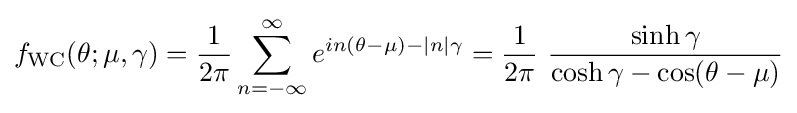
f_{\text{WC}}(\theta ;\mu ,\gamma )={\frac {1}{2\pi }}\sum _{n=-\infty }^{\infty }e^{in(\theta -\mu )-|n|\gamma }={\frac {1}{2\pi }}\,\,{\frac {\sinh \gamma }{\cosh \gamma -\cos(\theta -\mu )}}